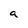
Character: a